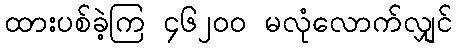
ထားပစ်ခဲ့ကြ ၄၆၂၀၀ မလုံလောက်လျှင်